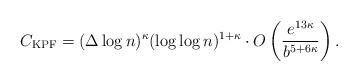
LaTeX: \begin{align*} C_{\mathrm{KPF}}= (\Delta\log n)^{\kappa} (\log\log n)^{1+\kappa} \cdot O\left(\frac{e^{13\kappa}}{b^{5+6\kappa}}\right). \end{align*}